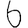
Digit: 6